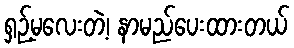
ရှဉ့်မလေးတဲ့၊ နာမည်ပေးထားတယ်